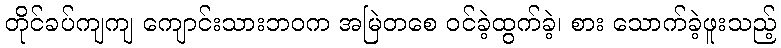
တိုင်ခပ်ကျကျ ကျောင်းသားဘဝက အမြဲတစေ ဝင်ခဲ့ထွက်ခဲ့၊ စား သောက်ခဲ့ဖူးသည့်